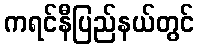
ကရင်နီပြည်နယ်တွင်